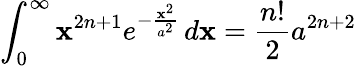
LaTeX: \int_{0}^{\infty}\mathbf{x}^{2n+1}e^{-{\frac{{\mathbf{x}^{2}}}{{a^{2}}}}}\, d\mathbf{x}={\frac{{n!}}{{2}}}a^{2n+2}